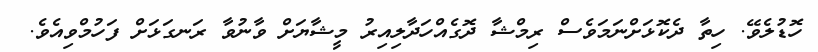
ހޮޑުލެވޭ. ހިތާ ދެކޮޅަށްނަމަވެސް ރިމްޝާ ދޮގެއްހަދާލިއިރު މީޝާޔަށް ވާނުވާ ރަނގަޅަށް ފަހުމްވިއެވެ.